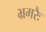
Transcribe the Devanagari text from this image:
भ्रमरैः